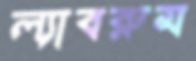
ল্যাবরুম